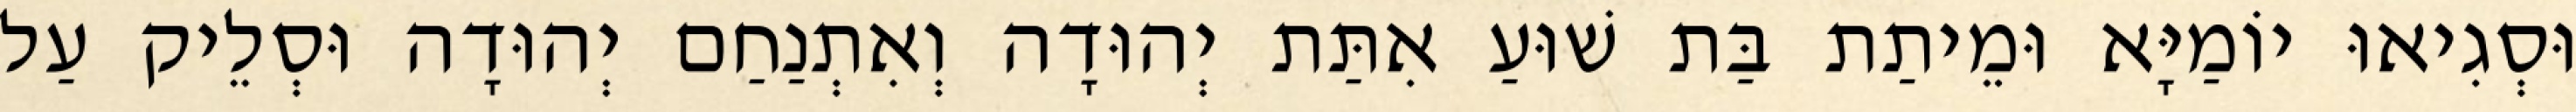
וּסְגִיאוּ יוֹמַיָּא וּמֵיתַת בַּת שׁוּעַ אִתַּת יְהוּדָה וְאִתְנַחַם יְהוּדָה וּסְלֵיק עַל